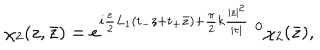
\chi _ { 2 } ( z , \bar { z } ) = e ^ { i \frac { e } { 2 } L _ { 1 } ( t _ { - } z + t _ { + } \bar { z } ) + \frac { \pi } { 2 } k \frac { | z | ^ { 2 } } { | \tau | } } \; ^ { 0 } \chi _ { 2 } ( \bar { z } ) ,